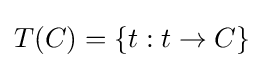
T(C)=\{t:t\to C\}